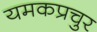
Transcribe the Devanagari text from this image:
यमकप्रचुर